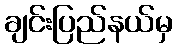
ချင်းပြည်နယ်မှ